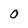
Character: 0